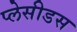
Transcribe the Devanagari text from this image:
प्लेसीडस